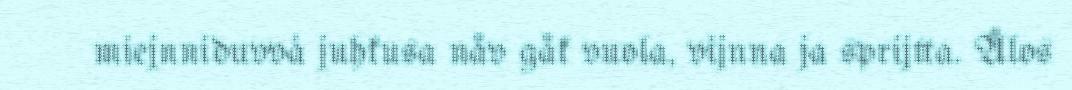
miejnniduvvá juhkusa nåv gåk vuola, vijnna ja sprijtta. Ålos